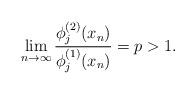
LaTeX: \begin{align*} \lim_{n\to\infty}\frac{\phi_{j}^{(2)}(x_n)}{\phi_{j}^{(1)}(x_n)}=p>1. \end{align*}